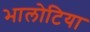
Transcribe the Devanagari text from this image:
भालोटिया